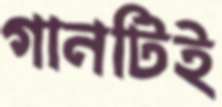
গানটিই